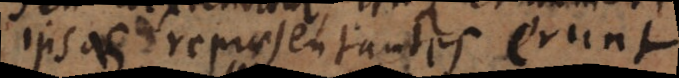
ipsas repraesentantes erunt